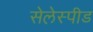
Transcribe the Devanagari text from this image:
सेलेस्पीड